Account of plague administration in the Bombay Presidency from September 1896 till May 1897
Year: 1896
Disease focus: Plague
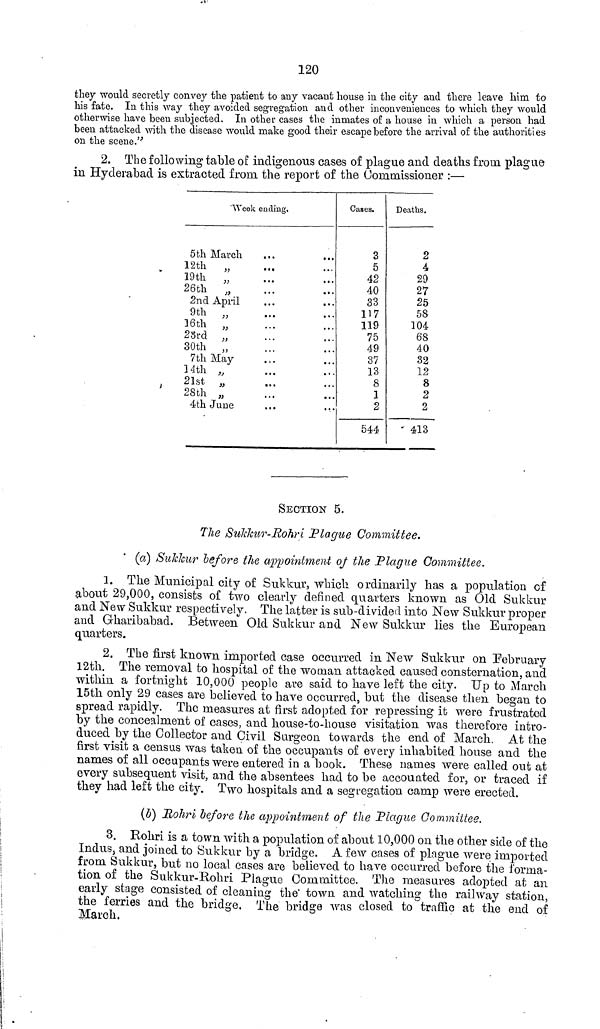
120
they would secretly convey the patient to any vacant house in the city and there leave him to
his fate. In this way they avoided segregation and other inconveniences to which they would
otherwise have been subjected. In other cases the inmates of a house in which a person had
been attacked with the disease would make good their escape before the arrival of the authorities
on the scene."
2. The following table of indigenous cases of plague and deaths from plague
in Hyderabad is extracted from the report of the Commissioner :—
Week ending.
5th March
12th „
19th „
26th „
2nd April
9th „
16th „
23rd „
30th „
7th May
14th „
21st „
28th „
4th June
••
...
a •
• •
• .
. .
..
• •
,
• .
•
•
» .
.
,,
..
• t
.
..
Cases.
3
5
42
40
33
117
119
75
49
37
13
8
1
2
544
Deaths.
2
4
29
27
25
58
104
68
40
32
12
8
2
2
413
SECTION 5.
The Sukkur-Rohri Plague Committee.
(a) Sukkur before the appointment of the Plague Committee.
1. The Municipal city of Sukkur, which ordinarily has a population of
about 29,000, consists of two clearly defined quarters known as Old Sukkur
and New Sukkur respectively. The latter is sub-divided into New Sukkur proper
and Gharibabad. Between Old Sukkur and New Sukkur lies the European
quarters.
2. The first known imported case occurred in New Sukkur on February
12th. The removal to hospital of the woman attacked caused consternation, and
within a fortnight 10,000 people are said to have left the city. Up to March
15th only 29 cases are believed to have occurred, but the disease then began to
spread rapidly. The measures at first adopted for repressing it were frustrated
by the concealment of cases, and house-to-house visitation was therefore intro-
duced by the Collector and Civil Surgeon towards the end of March. At the
first visit a censas was taken of the occupants of every inhabited house and the
names of all occupants were entered in a book. These names were called out at
every subsequent visit, and the absentees had to be accounted for, or traced if
they had left the city. Two hospitals and a segregation camp were erected.
(b) Rohri before the appointment of the Plague Committee.
3. Rohri is a town with a population of about 10,000 on the other side of the
Indus, and joined to Sukkur by a bridge. A few cases of plague were imported
from Sukkur, but no local cases are believed to have occurred before the forma-
tion of the Sukkur-Rohri Plague Committee. The measures adopted at an
early stage consisted of cleaning the town and watching the railway station,
the ferries and the bridge. The bridge was closed to traffic at the end of
March,